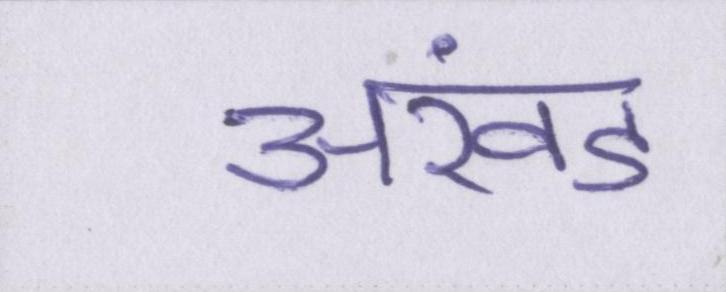
अखंड